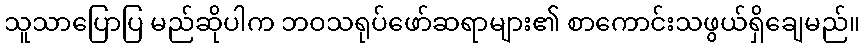
သူသာပြောပြ မည်ဆိုပါက ဘဝသရုပ်ဖော်ဆရာများ၏ စာကောင်းသဖွယ်ရှိချေမည်။